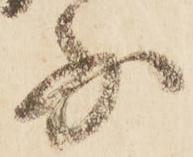
少